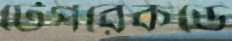
টেপরেকর্ডে